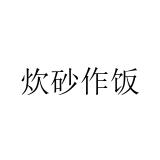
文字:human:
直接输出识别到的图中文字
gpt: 炊砂作饭